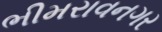
ભીમરાવનગર